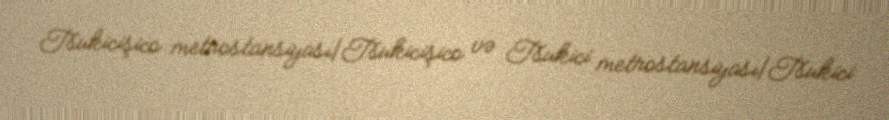
Tsukicişico metrostansiyası|Tsukicişico və Tsukici metrostansiyası|Tsukici